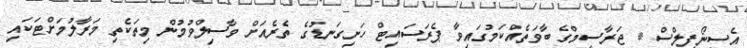
އެސިނޯފިލްސް * ޖަރާސީމްގެ ބާވަތެއްކަމުގައިވާ ޕެރަސައިޓް ހަށިގަނޑުގެ ތެރެއަށް ވާސިލްވުމުން މިތަކެތި މަރާލުމަށްޓަކައި